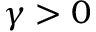
\gamma > 0